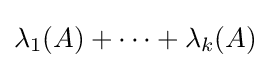
{\textstyle \lambda _{1}(A)+\dots +\lambda _{k}(A)}